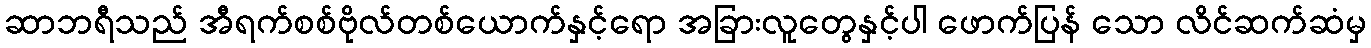
ဆာဘရီသည် အီရက်စစ်ဗိုလ်တစ်ယောက်နှင့်ရော အခြားလူတွေနှင့်ပါ ဖောက်ပြန် သော လိင်ဆက်ဆံမှ